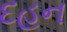
દહન